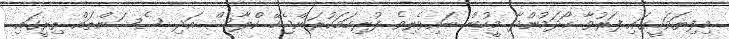
މިފިޔަވަހީގައި ފަރުވާ ހޯދަމުންދާ މީހުން ބައިވެރިވެ ފުރިހަމަކުރަންޖެހޭ ކްލާސް އަދި ސެޝަންތައް ތިރީގައި